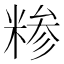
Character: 糁